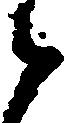
候